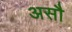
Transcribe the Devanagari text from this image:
असौ